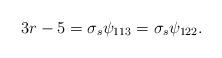
LaTeX: \begin{align*}3r-5 = \sigma_s \psi_{113} = \sigma_s \psi_{122} .\end{align*}